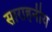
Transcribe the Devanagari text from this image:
साराहनीय